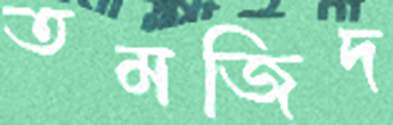
তমজিদ